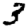
Digit: 3